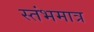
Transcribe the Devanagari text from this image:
स्तंभमात्र